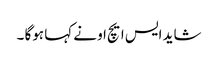
شاید ایس ایچ او نے کہا ہوگا ۔